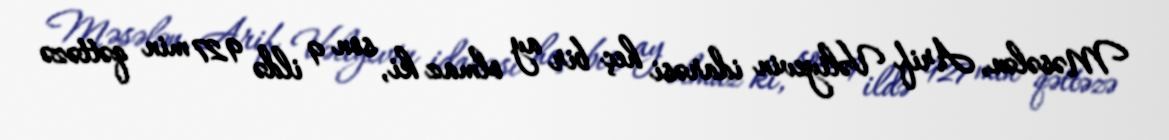
Məsələn, Arif Vəliyevin idarəsi heç bir ay olmaz ki, son 9 ildə 927 min qəttəzə